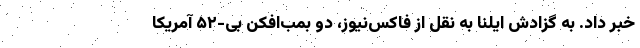
خبر داد. به گزادش ایلنا به نقل از فاکس‌نیوز، دو بمب‌افکن بی-۵۲ آمریکا